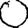
Digit: 0